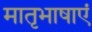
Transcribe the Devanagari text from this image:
मातृभाषाएं